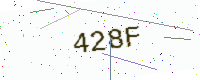
Text: 428F